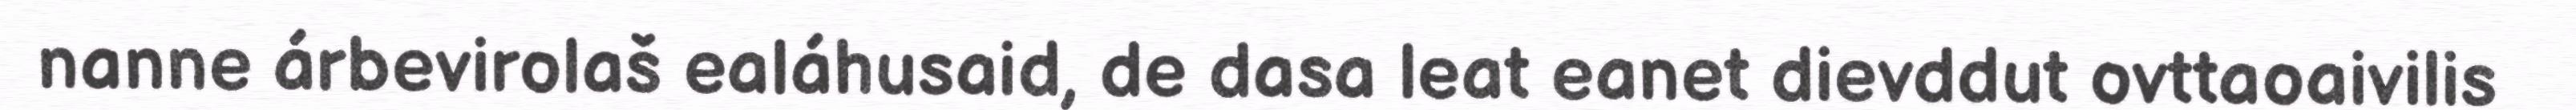
nanne árbevirolaš ealáhusaid, de dasa leat eanet dievddut ovttaoaivilis